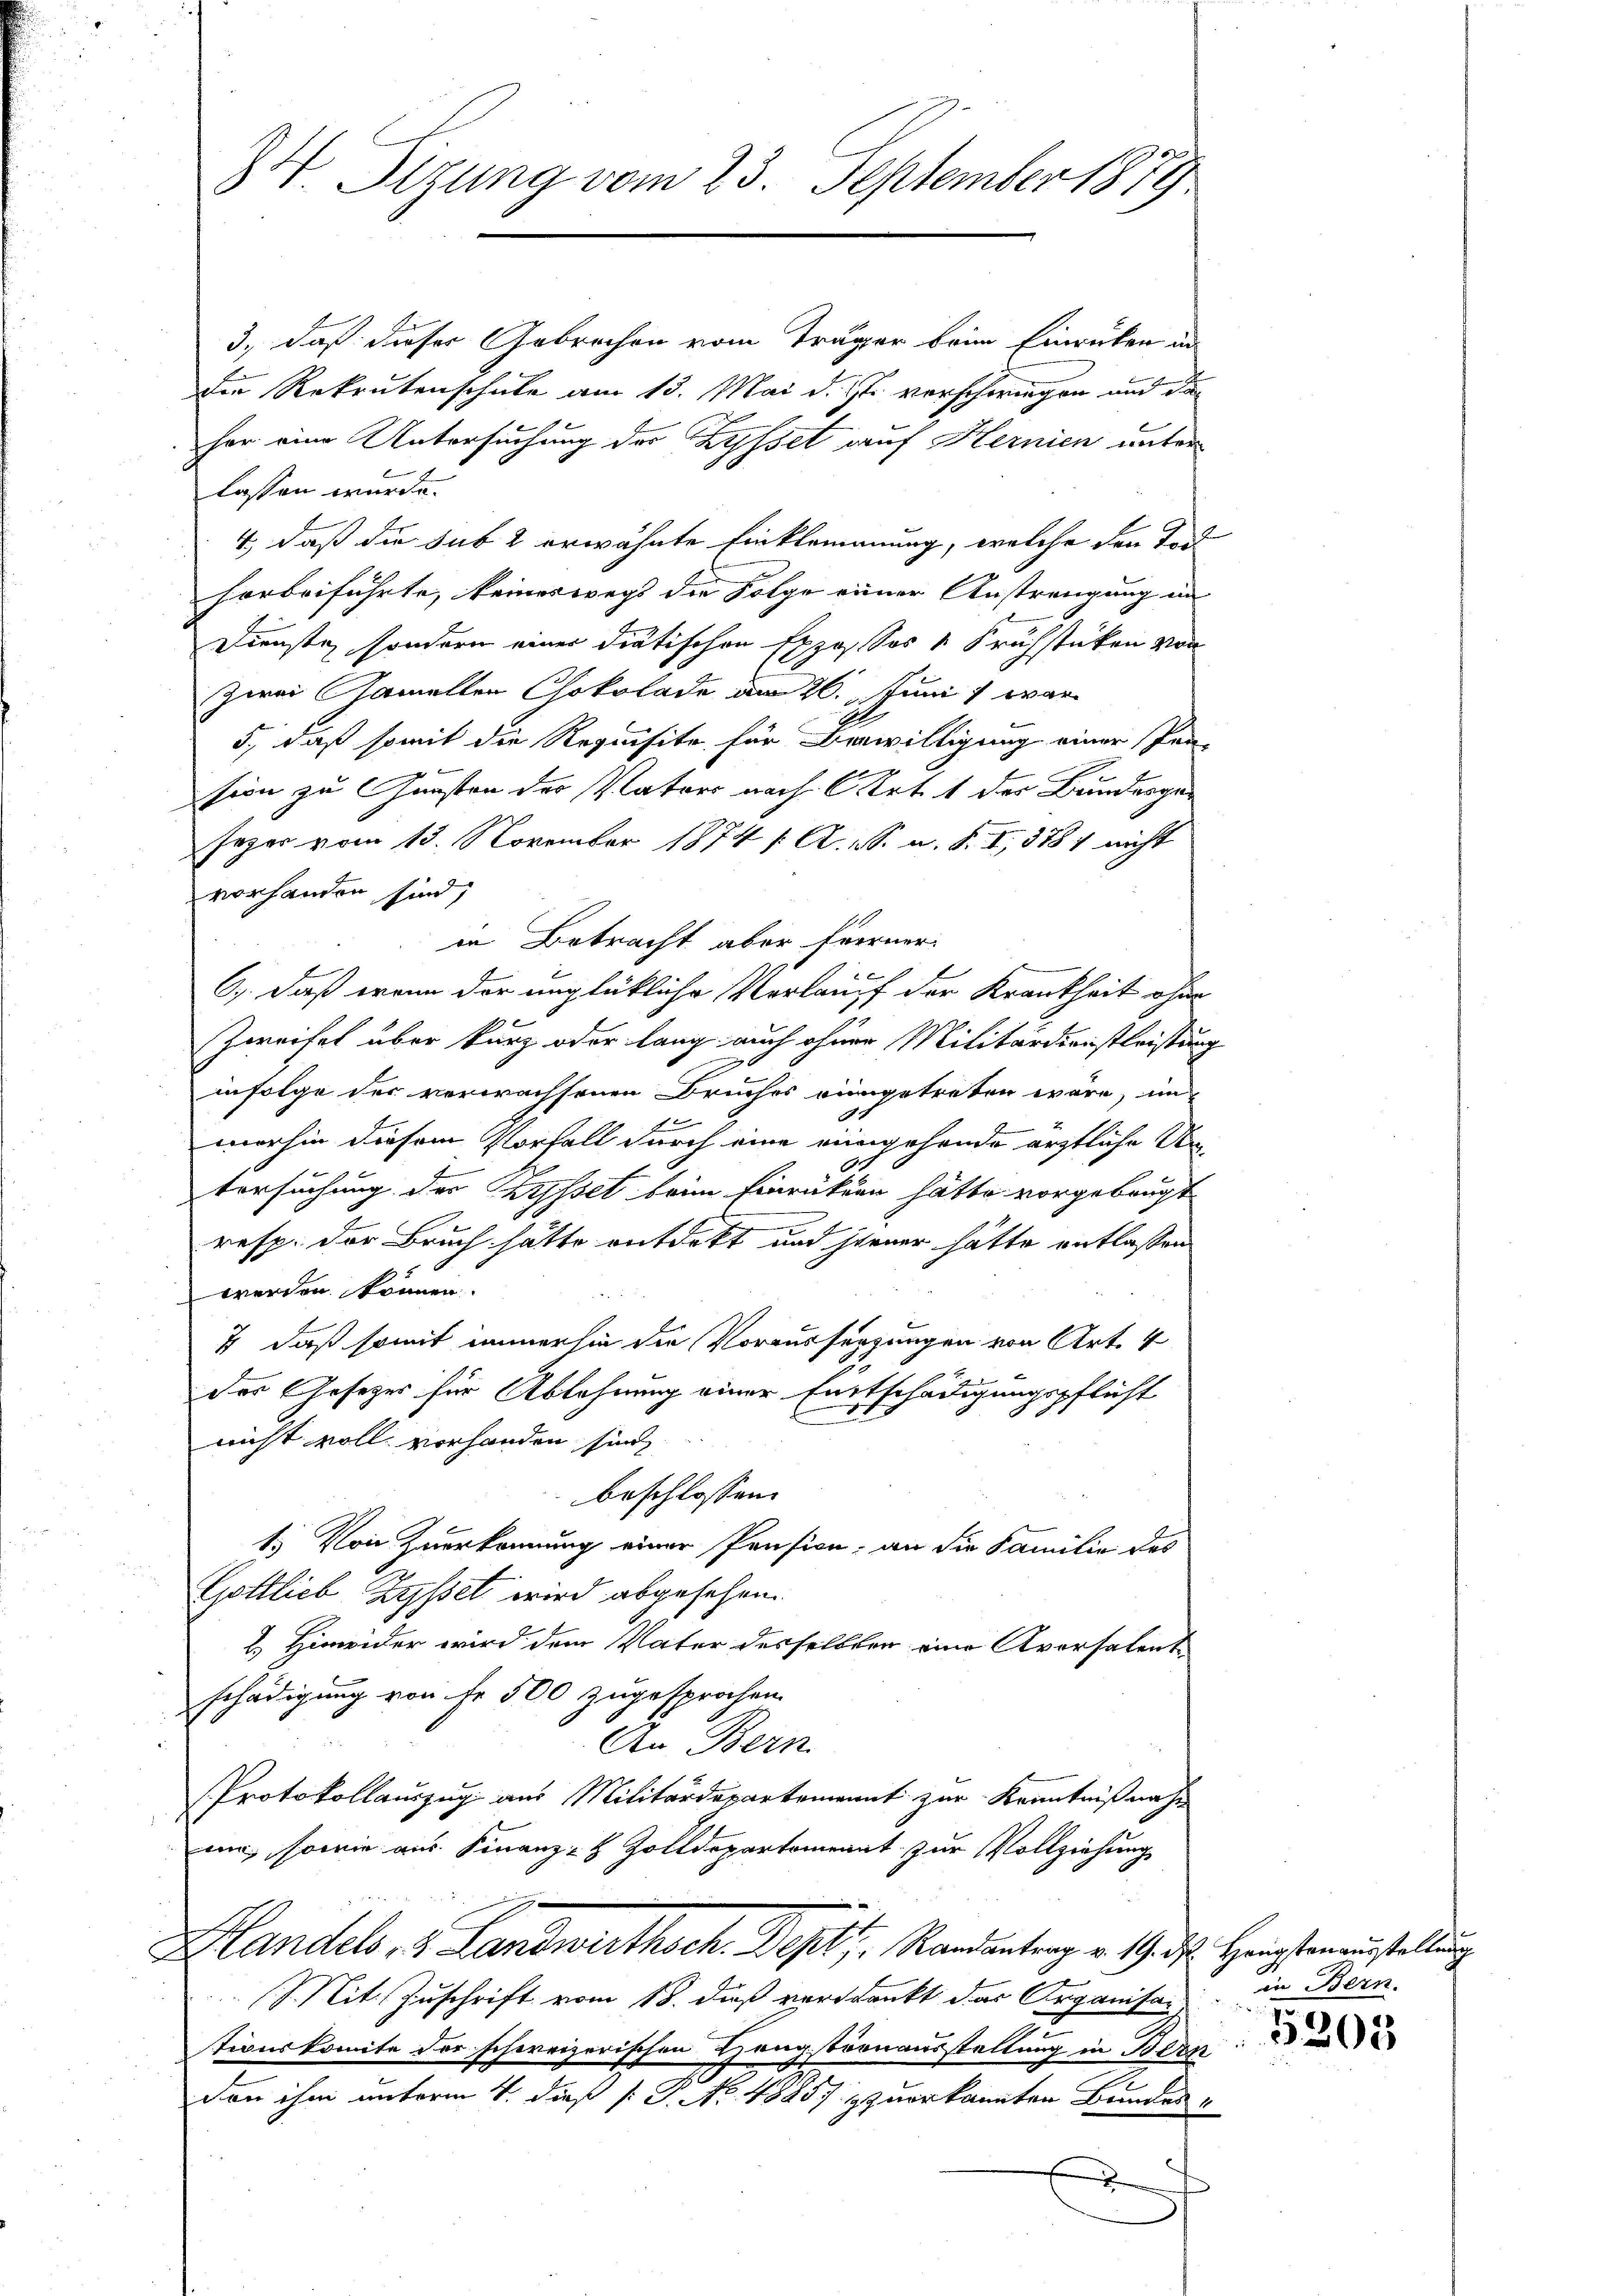
84. Sizung vom 23. September 1879

3., daß dieser Gebrochen vom Träger beim Einrücken in
die Rekrutenschule am 13. Mai d. J. verschwiegen und dahor eine Untersuchung der Bysset auf Hernien unter
lassen würde.
4., daß die sub 2 erwähnte Einklemanung, welche den Tort
horbeiführte, keineswegs die Folge einer Anstrengung in
Dienste, sondern einer Dietischen Exposos 1 Frühstücken von
zwei Gamelten Chokolade am 26. Juni 1 war
5., daß somit die Requisite für Bewilligung einer Pen-

sion zu Gunsten der Vaters nach Art. 1 der Bunderge¬
Jezer vom 15. November 1874 f. A. S. u. S. I, 8784 nicht
vorhanden sind;
in Betracht aber Ferner
e
6.) Daß wenn der unglückliche Verlauf der Krankheit ohne
Zweifel über kurz oder lang auch ohner Militärdienstleistung
infolge der verwachsenen Bruches eingetreten wäre, un
morhin diesem Vorfall durch eine eingehende ärztliche Un
2.
tersuchung der Byssel beim Einrückten hätte vorgebeugt
resp. der Bruch hätte entdeckt und steuer hätte entlassen
werden können.
& daß somit immer sie die Vorausserzungen von Art. 4
des Gesetzes für Ablehnung einer Entschädigungspflicht
nicht voll vorhanden sind,
beschlossen:
1.) Von Zuerkennung einer Pension, an die Familie des
Gottlieb Zysset wird abgesehen.
2.) Hinweider wird dem Vater desselben eine Aversalent
schädigung von Fr. 500 zugesprochen.
An Bern
Protokollauszug aus Militärdepartenannt zur Kenntnißnah
mi, sowie aus Finanz- & Zolldepartement zur Vollziehung
Handels, 3. Landwirthsch. Bapt. Randantrag v. 19. d. Hauptanzustellung
Sit Zuschrift vom 18. dieß verdankt das Organisa¬
1
tionskomite der schweizerischen Hengstronausstellung in Beck
don ihm unterm 4. dieß [ J. No. 48857 zuerkannten Bundes-
x

in Bern.
7

e

3203